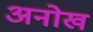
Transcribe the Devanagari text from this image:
अनोख